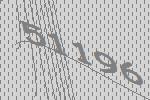
51196